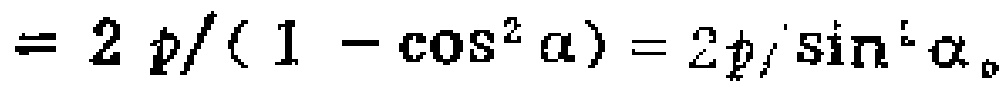
$= 2 p/(1 - \cos^{2} \alpha)=2p/\sin^{2} \alpha$